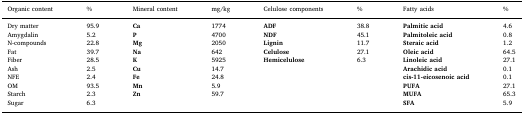
<table><thead><tr><td><b>Organic content</b></td><td><b>%</b></td><td><b>Mineral content</b></td><td><b>mg/kg</b></td><td><b>Celulose components</b></td><td><b>%</b></td><td><b>Fatty acids</b></td><td><b>%</b></td></tr></thead><tbody><tr><td>Dry matter</td><td>95.9</td><td><b>Ca</b></td><td>1774</td><td><b>ADF</b></td><td>38.8</td><td><b>Palmitic acid</b></td><td>4.6</td></tr><tr><td>Amygdalin</td><td>5.2</td><td><b>P</b></td><td>4700</td><td><b>NDF</b></td><td>45.1</td><td><b>Palmitoleic acid</b></td><td>0.8</td></tr><tr><td>N-compounds</td><td>22.8</td><td><b>Mg</b></td><td>2050</td><td><b>Lignin</b></td><td>11.7</td><td><b>Steraic acid</b></td><td>1.2</td></tr><tr><td>Fat</td><td>39.7</td><td><b>Na</b></td><td>642</td><td><b>Celulose</b></td><td>27.1</td><td><b>Oleic acid</b></td><td>64.5</td></tr><tr><td>Fiber</td><td>28.5</td><td><b>K</b></td><td>5925</td><td><b>Hemicelulose</b></td><td>6.3</td><td><b>Linoleic acid</b></td><td>27.1</td></tr><tr><td>Ash</td><td>2.5</td><td><b>Cu</b></td><td>14.7</td><td></td><td></td><td><b>Arachidic acid</b></td><td>0.1</td></tr><tr><td>NFE</td><td>2.4</td><td><b>Fe</b></td><td>24.8</td><td></td><td></td><td><b>cis-11-eicosenoic acid</b></td><td>0.1</td></tr><tr><td>OM</td><td>93.5</td><td><b>Mn</b></td><td>5.9</td><td></td><td></td><td><b>PUFA</b></td><td>27.1</td></tr><tr><td>Starch</td><td>2.3</td><td><b>Zn</b></td><td>59.7</td><td></td><td></td><td><b>MUFA</b></td><td>65.3</td></tr><tr><td>Sugar</td><td>6.3</td><td></td><td></td><td></td><td></td><td><b>SFA</b></td><td>5.9</td></tr></tbody></table>